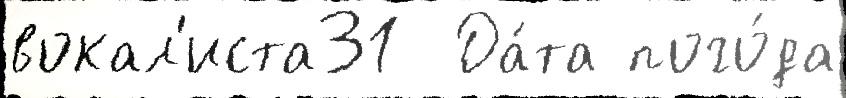
вокал'иста31  Да́та пого́да